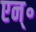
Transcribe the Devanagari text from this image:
एन्॰